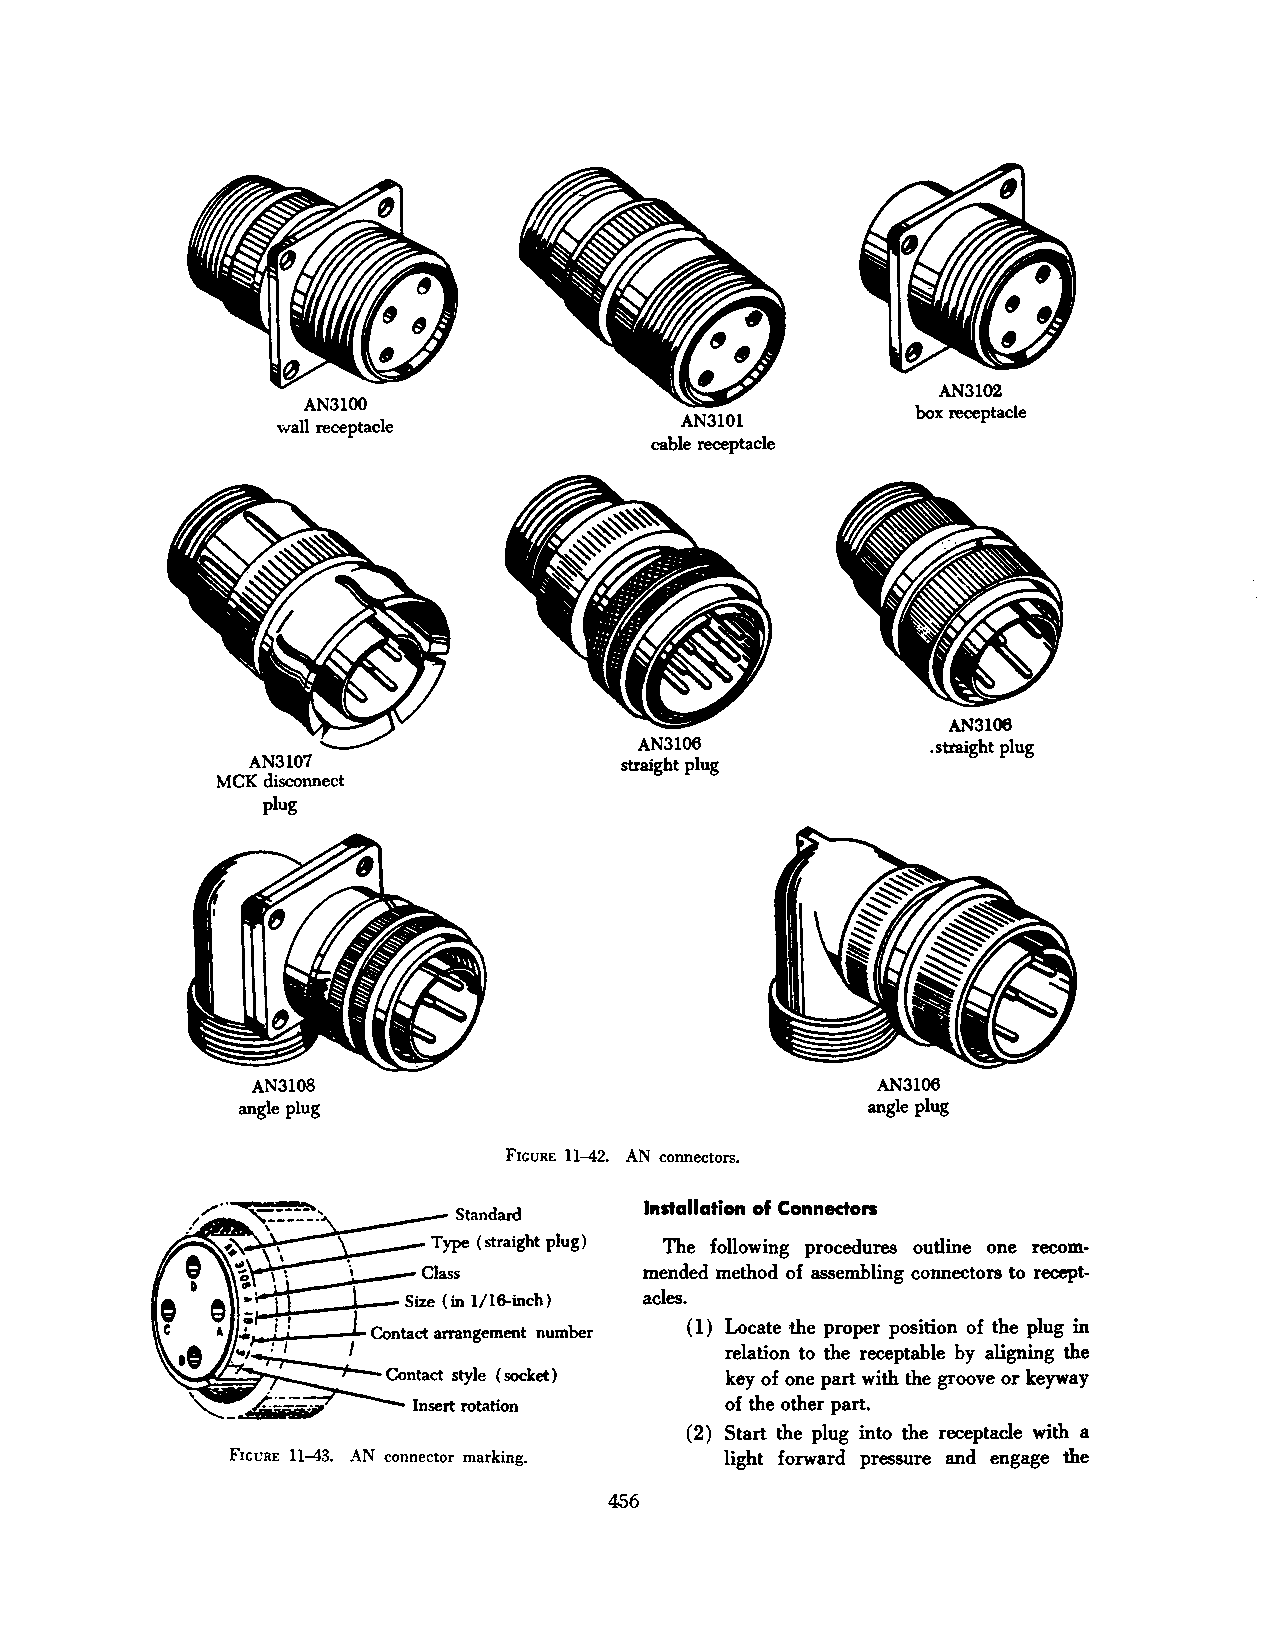
AN3102
 AN3100
 box receptacle
 wall receptacle           AN3101
 cable receptacle
 AN3106
 AN3106              . straight plug
 AN3107                  straight plug
 MCK disconnect
 plug
 AN3108                                   AN3106
 angle plug                                angle plug
 FrcuRE 11-42. AN connectors.
 Installation of Connectors
 The following procedures outline one recom
 mended method of assembling connectors to recept
 acles.
 ( 1) Locate the proper position of the plug in
 relation to the receptahle by aligning the
 key of one part with the groove or keyway
 Insert rotation     of the other part.
 (2) Start the plug into the receptacle with a
 FrccRE 11-43. AN connector marking. light forward pressure and engage the
 456